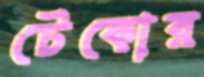
টেকোর